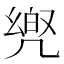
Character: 𠙡